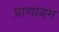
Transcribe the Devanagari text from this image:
प्राणायम